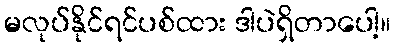
မလုပ်နိုင်ရင်ပစ်ထား ဒါပဲရှိတာပေါ့။